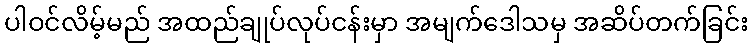
ပါဝင်လိမ့်မည် အထည်ချုပ်လုပ်ငန်းမှာ အမျက်ဒေါသမှ အဆိပ်တက်ခြင်း